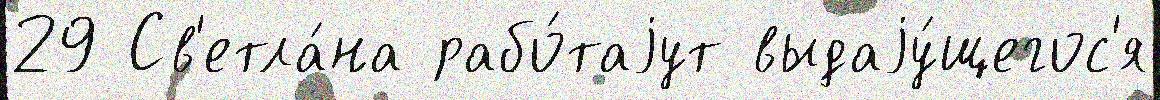
29 Св'етла́на рабо́таjут выдаjу́щегос'я